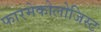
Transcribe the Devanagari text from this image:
फारमेकोलोजिस्ट